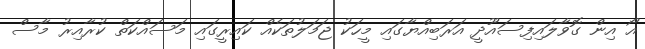
އޯ އިން ގޮވާލައިފިސައޫދީ އަރަބިއްޔާގައި މީހަކު ޖަމަލުތަކެއް ކައިރީގައި މަސައްކަތް ކުރާއިރު މާސް